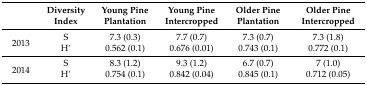
<table><thead><tr><td></td><td><b>Diversity Index</b></td><td><b>Young Pine Plantation</b></td><td><b>Young Pine Intercropped</b></td><td><b>Older Pine Plantation</b></td><td><b>Older Pine Intercropped</b></td></tr></thead><tbody><tr><td rowspan="2">2013</td><td>S</td><td>7.3 (0.3)</td><td>7.7 (0.7)</td><td>7.3 (0.7)</td><td>7.3 (1.8)</td></tr><tr><td>H’</td><td>0.562 (0.1)</td><td>0.676 (0.01)</td><td>0.743 (0.1)</td><td>0.772 (0.1)</td></tr><tr><td rowspan="2">2014</td><td>S</td><td>8.3 (1.2)</td><td>9.3 (1.2)</td><td>6.7 (0.7)</td><td>7 (1.0)</td></tr><tr><td>H’</td><td>0.754 (0.1)</td><td>0.842 (0.04)</td><td>0.845 (0.1)</td><td>0.712 (0.05)</td></tr></tbody></table>